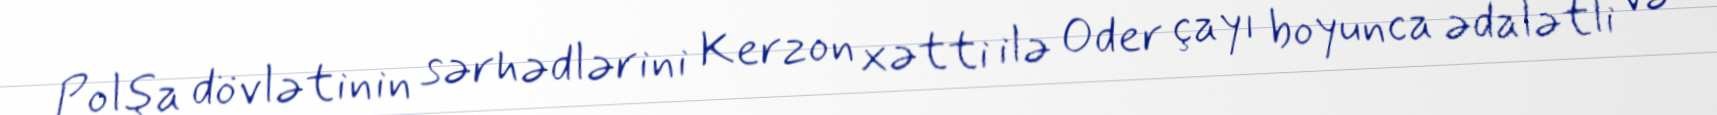
Polşa dövlətinin sərhədlərini Kerzon xətti ilə Oder çayı boyunca ədalətli və